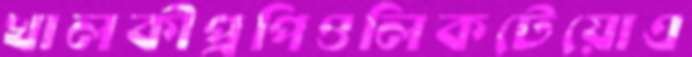
খালকীপ্রপিওলিকটেয়োএ